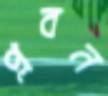
প্লবন